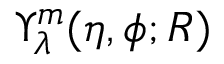
\Upsilon _ { \lambda } ^ { m } ( \eta , \phi ; R )